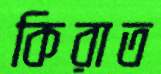
কিরাত